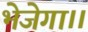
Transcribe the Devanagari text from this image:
भेजेगा।।